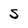
Character: S